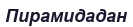
Пирамидадан